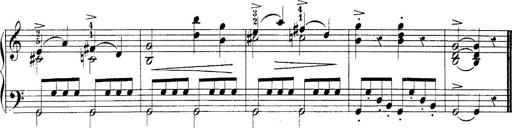
Title: 10 Sonatines progressives
Composer: Anton Schmoll